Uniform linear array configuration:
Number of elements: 16
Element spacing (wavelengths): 0.25
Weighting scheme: cosine
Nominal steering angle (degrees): -60
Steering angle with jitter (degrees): -59.882
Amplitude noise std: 0.05
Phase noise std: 0.05

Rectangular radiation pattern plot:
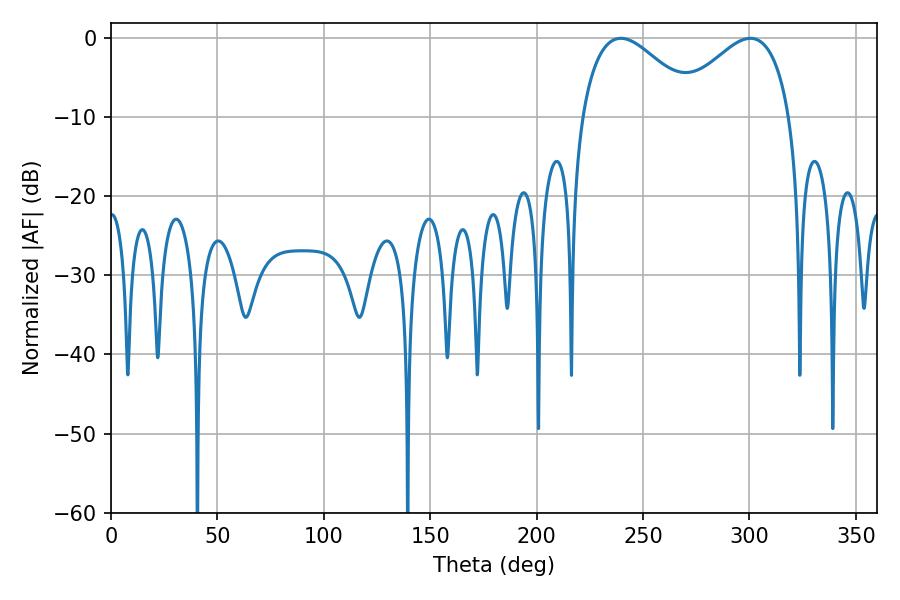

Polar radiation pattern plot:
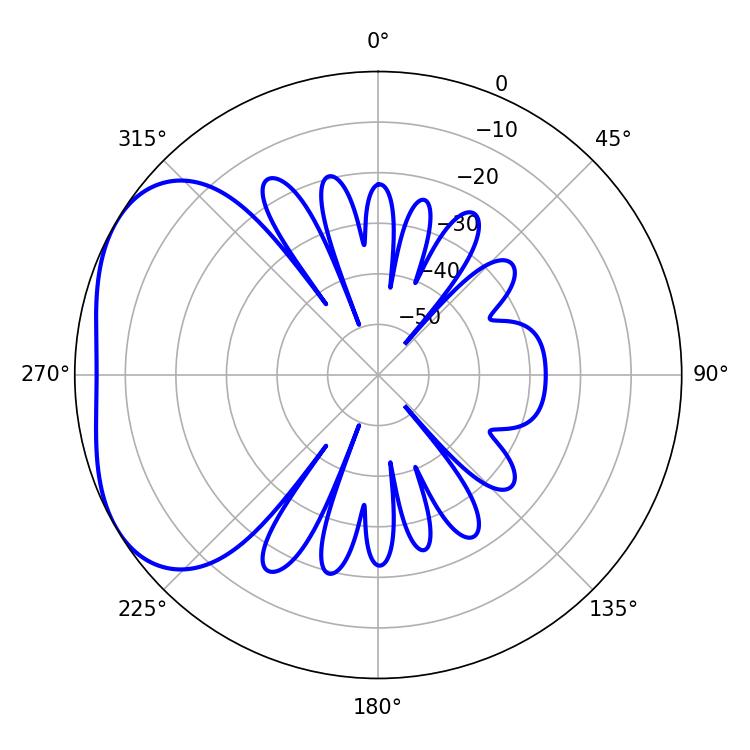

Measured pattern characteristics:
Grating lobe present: FALSE
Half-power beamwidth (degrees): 29.88
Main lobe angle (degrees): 239.58